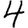
Digit: 4